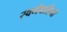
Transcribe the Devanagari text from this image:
स्वर्गवाहिनी